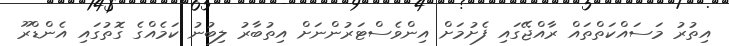
އިތުރު މަސައްކަތްތައް ރާއްޖޭގައި ފެށުމަށް އިންވެސްޓަރުންނަށް އިތުބާރު ލިބުނު ކަމެއްގެ ގޮތުގައި އެންޑްރޫ